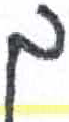
אות: ך